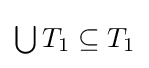
{\textstyle \bigcup T_{1}\subseteq T_{1}}